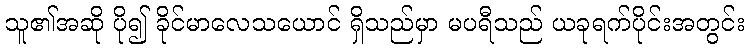
သူ၏အဆို ပို၍ ခိုင်မာလေသယောင် ရှိသည်မှာ မပရီသည် ယခုရက်ပိုင်းအတွင်း